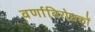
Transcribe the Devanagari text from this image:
वर्णाविरोधकों